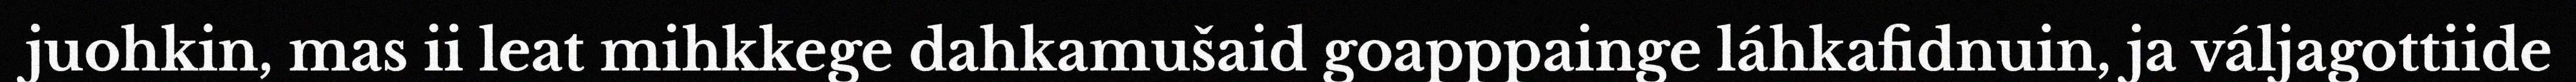
juohkin, mas ii leat mihkkege dahkamušaid goapppainge láhkafidnuin, ja váljagottiide